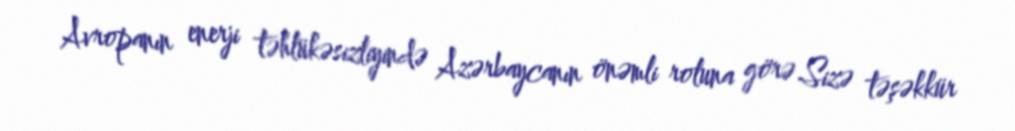
Avropanın enerji təhlükəsizliyində Azərbaycanın önəmli roluna görə Sizə təşəkkür